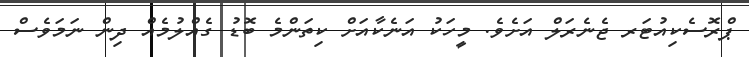
ޕްރޮސެކިއުޓަރ ޖެނެރަލް އަށެވެ. މީހަކު އަނެކާއަށް ކިތަންމެ ބޮޑު ގެއްލުމެއް ދިން ނަމަވެސް